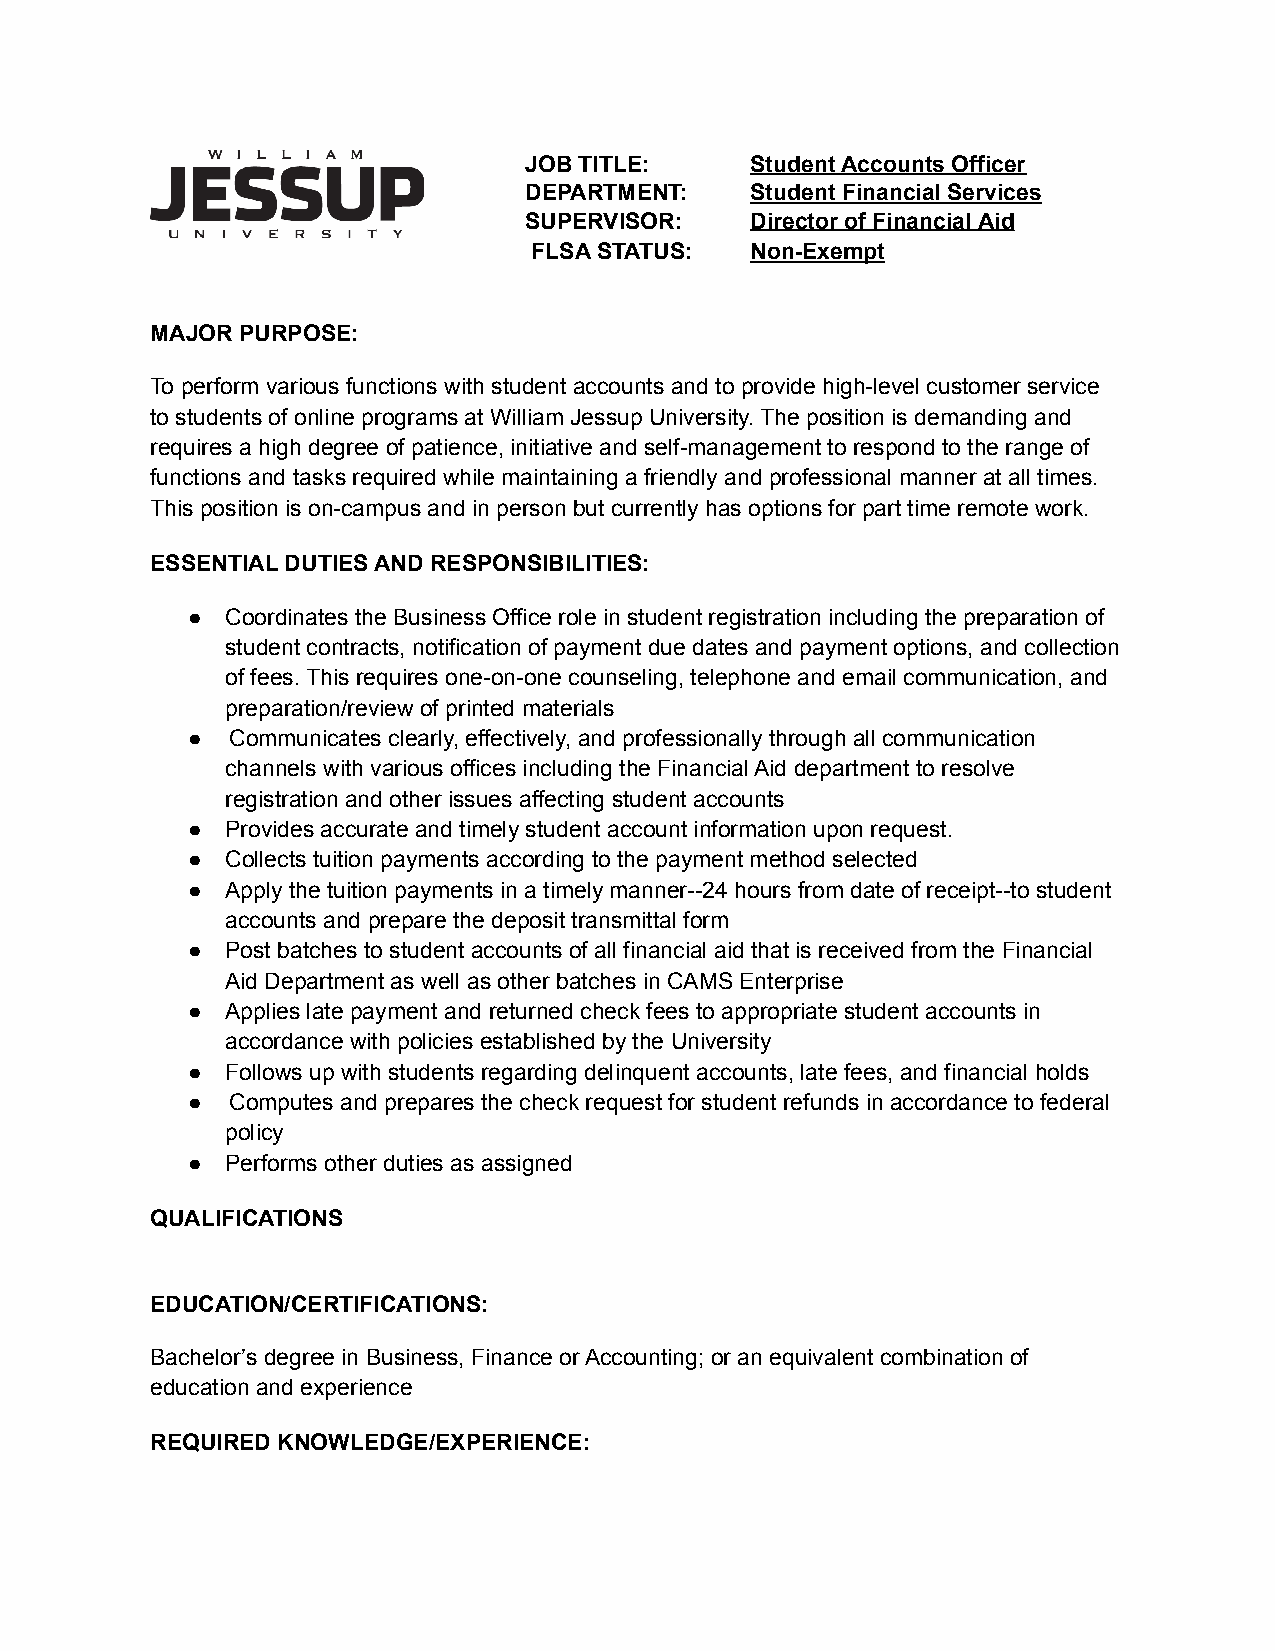
JOB TITLE:     Student Accounts Officer
 DEPARTMENT:    Student Financial Services
 SUPERVISOR:    Director of Financial Aid
 FLSA STATUS:   Non-Exempt
 MAJOR PURPOSE:
 To perform various functions with student accounts and to provide high-level customer service
 to students of online programs at William Jessup University. The position is demanding and
 requires a high degree of patience, initiative and self-management to respond to the range of
 functions and tasks required while maintaining a friendly and professional manner at all times.
 This position is on-campus and in person but currently has options for part time remote work.
 ESSENTIAL DUTIES AND RESPONSIBILITIES:
 ●  Coordinates the Business Office role in student registration including the preparation of
 student contracts, notification of payment due dates and payment options, and collection
 of fees. This requires one-on-one counseling, telephone and email communication, and
 preparation/review of printed materials
 ●  Communicates clearly, effectively, and professionally through all communication
 channels with various offices including the Financial Aid department to resolve
 registration and other issues affecting student accounts
 ●  Provides accurate and timely student account information upon request.
 ●  Collects tuition payments according to the payment method selected
 ●  Apply the tuition payments in a timely manner--24 hours from date of receipt--to student
 accounts and prepare the deposit transmittal form
 ●  Post batches to student accounts of all financial aid that is received from the Financial
 Aid Department as well as other batches in CAMS Enterprise
 ●  Applies late payment and returned check fees to appropriate student accounts in
 accordance with policies established by the University
 ●  Follows up with students regarding delinquent accounts, late fees, and financial holds
 ●  Computes and prepares the check request for student refunds in accordance to federal
 policy
 ●  Performs other duties as assigned
 QUALIFICATIONS
 EDUCATION/CERTIFICATIONS:
 Bachelor’s degree in Business, Finance or Accounting; or an equivalent combination of
 education and experience
 REQUIRED KNOWLEDGE/EXPERIENCE: